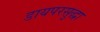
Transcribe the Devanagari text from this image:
डायपरसुद्धा